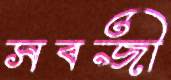
সবজী